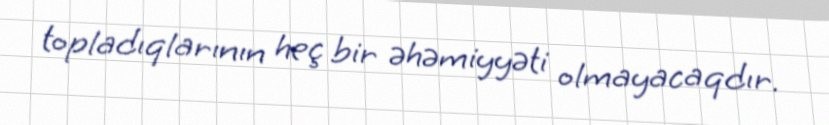
topladıqlarının heç bir əhəmiyyəti olmayacaqdır.